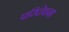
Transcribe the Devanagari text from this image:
परिदेवना